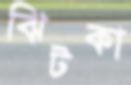
ঝিটকা